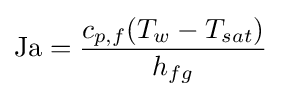
\mathrm {Ja} ={\frac {c_{p,f}(T_{w}-T_{sat})}{h_{fg}}}